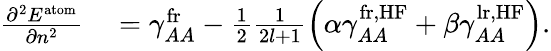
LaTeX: \begin{array}{rl}{\frac{\partial^{2}E^{\mathrm{atom}}}{\partial n^{2}}}&{{}=\gamma_{AA}^{\mathrm{fr}}-\frac{1}{2}\frac{1}{2l+1}\left(\alpha\gamma_{AA}^{\mathrm{fr,HF}}+\beta\gamma_{AA}^{\mathrm{lr,HF}}\right).}\end{array}